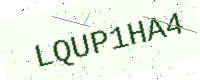
Text: LQUP1HA4